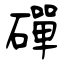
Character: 磾